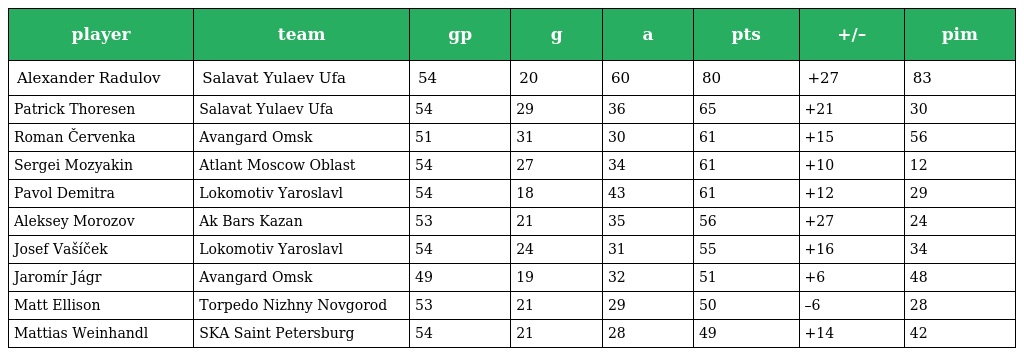
| player | team | gp | g | a | pts | +/– | pim |
 | --- | --- | --- | --- | --- | --- | --- | --- |
 | Alexander Radulov | Salavat Yulaev Ufa | 54 | 20 | 60 | 80 | +27 | 83 |
 | Patrick Thoresen | Salavat Yulaev Ufa | 54 | 29 | 36 | 65 | +21 | 30 |
 | Roman Červenka | Avangard Omsk | 51 | 31 | 30 | 61 | +15 | 56 |
 | Sergei Mozyakin | Atlant Moscow Oblast | 54 | 27 | 34 | 61 | +10 | 12 |
 | Pavol Demitra | Lokomotiv Yaroslavl | 54 | 18 | 43 | 61 | +12 | 29 |
 | Aleksey Morozov | Ak Bars Kazan | 53 | 21 | 35 | 56 | +27 | 24 |
 | Josef Vašíček | Lokomotiv Yaroslavl | 54 | 24 | 31 | 55 | +16 | 34 |
 | Jaromír Jágr | Avangard Omsk | 49 | 19 | 32 | 51 | +6 | 48 |
 | Matt Ellison | Torpedo Nizhny Novgorod | 53 | 21 | 29 | 50 | –6 | 28 |
 | Mattias Weinhandl | SKA Saint Petersburg | 54 | 21 | 28 | 49 | +14 | 42 |